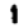
Digit: 1